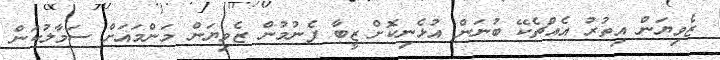
ޒެވިޔަން އިތުރު އެއްޗެކޭ ބުނަން އުޅެނިކޮށް ޒީބާ ފެނުމުން ޒެވިޔަން މަންމައަށް ސަމާލުކަން